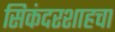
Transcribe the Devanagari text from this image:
सिकंदरशाहचा